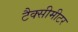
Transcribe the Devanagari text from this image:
टैक्सीमीटर